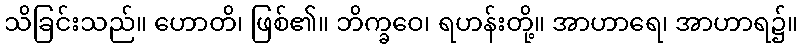
သိခြင်းသည်။ ဟောတိ၊ ဖြစ်၏။ ဘိက္ခဝေ၊ ရဟန်းတို့။ အာဟာရေ၊ အာဟာရ၌။